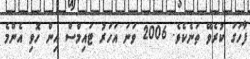
ފާހަގަ ކުރެވޭ ތަނެކެވެ. 2006 ވަނަ އަހަރު ޓައިމްސް އިން ހޮވި އެންމެ